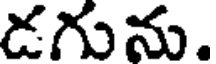
డగును.